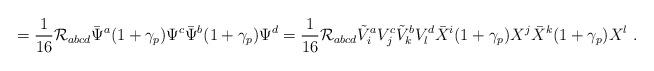
LaTeX: \begin{align*}=\frac 1{16} {\cal R}_{abcd} \bar\Psi^a(1+\gamma_p)\Psi^c \bar\Psi^b(1+\gamma_p)\Psi^d= \frac 1{16} {\cal R}_{abcd} \tilde V^a_i V^c_j \tilde V^b_k V^d_l \bar X^i(1+\gamma_p)X^j\bar X^k(1+\gamma_p)X^l~.\end{align*}